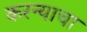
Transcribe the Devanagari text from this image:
करन्याचा